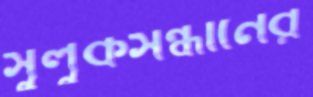
সুলুকসন্ধানের